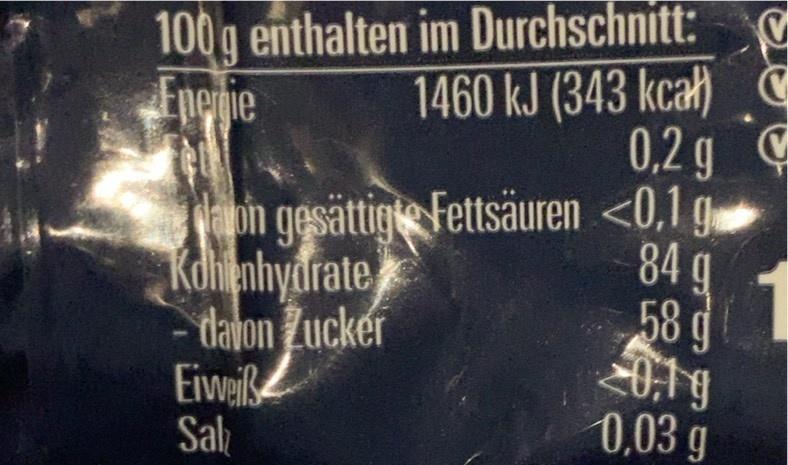
100g enthalten im Durchschnitt: 1460 kJ (343 kcał) C 0,2 g C
tnejie
Vaon gesättige Fettsäuren <0,1 g Kohknhydrate - davon Zucker Eiweiß Sal
84g 58 g 20,19 0,03 g